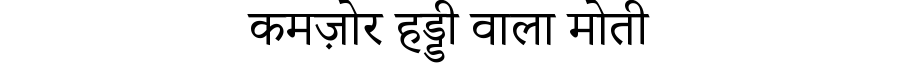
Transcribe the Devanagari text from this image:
कमज़ोर हड्डी वाला मोती